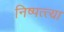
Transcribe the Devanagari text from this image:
निष्पत्त्या